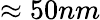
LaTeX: \approx 50nm